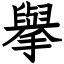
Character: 擧